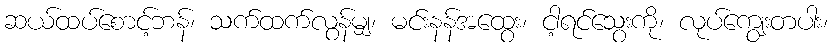
ဆယ်ထပ်စောင့်ဘန်၊ သက်ထက်လွန်မျှ၊ မင်းနန်အထွေး၊ ငါ့ရင်သွေးကို၊ လုပ်ကျွေးတပါး၊